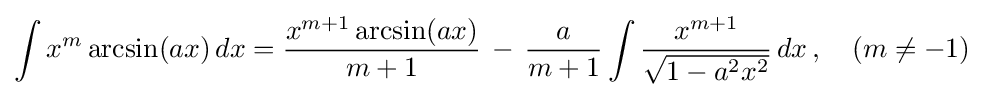
\int x^{m}\arcsin(ax)\,dx={\frac {x^{m+1}\arcsin(ax)}{m+1}}\,-\,{\frac {a}{m+1}}\int {\frac {x^{m+1}}{\sqrt {1-a^{2}x^{2}}}}\,dx\,,\quad (m\neq -1)